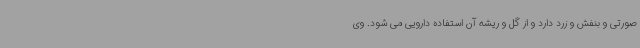
صورتی و بنفش و زرد دارد و از گل و ریشه آن استفاده دارویی می شود. وی